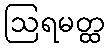
ဩရမတ္ထ